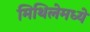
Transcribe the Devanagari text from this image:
मिथिलेमध्ये